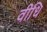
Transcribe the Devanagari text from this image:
वीधि